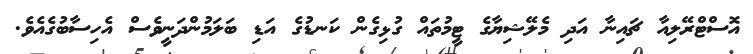
އޮސްޓްރޭލިއާ ޗައިނާ އަދި މެލޭޝިޔާގެ ޓީމުތައް ގުޅިގެން ކަނޑުގެ އަޑި ބަލަމުންދަނީވެސް އެހިސާބުގެއެވެ.